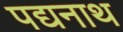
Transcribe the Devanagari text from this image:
पद्यनाथ